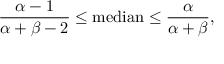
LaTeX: { \frac { \alpha - 1 } { \alpha + \beta - 2 } } \leq { \mathrm { m e d i a n } } \leq { \frac { \alpha } { \alpha + \beta } } ,